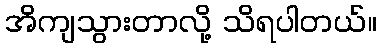
အိကျသွားတာလို့ သိရပါတယ်။